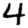
Digit: 4